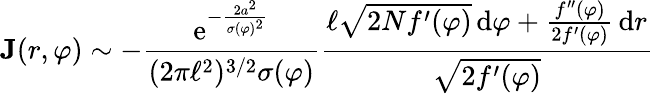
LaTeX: \textbf J(r,\varphi)\sim-\frac{\displaystyle\mathrm{e}^{-\frac{2a^{2}}{\sigma(\varphi)^{2}}}}{(2\pi\ell^{2})^{3/2}\sigma(\varphi)}\frac{\ell\sqrt{2Nf^{\prime}(\varphi)}\, \mathrm{d}\varphi+\frac{f^{\prime\prime}(\varphi)}{2f^{\prime}(\varphi)}\, \mathrm{d}r}{\sqrt{2f^{\prime}(\varphi)}}